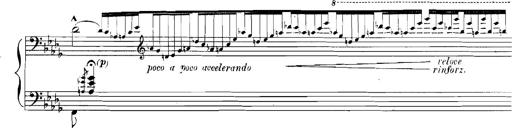
Title: Rhapsodies hongroises
Composer: Franz Liszt